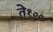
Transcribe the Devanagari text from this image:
ते१००